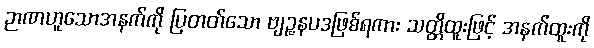
ဉာဏဟူသောအနက်ကို ပြတတ်သော ဗျဉ္ဇနပဒဖြစ်ရကား သတ္တိထူးဖြင့် အနက်ထူးကို